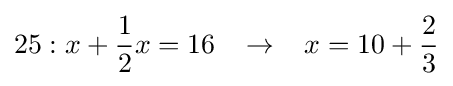
25:x+{\frac {1}{2}}x=16\;\;\;\rightarrow \;\;\;x=10+{\frac {2}{3}}